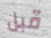
قبل